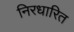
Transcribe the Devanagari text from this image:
निरधारित